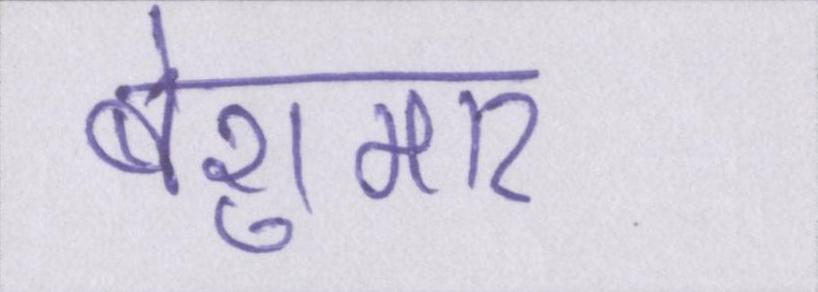
बेशुमार